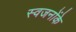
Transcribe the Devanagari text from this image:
स्वजनोंके